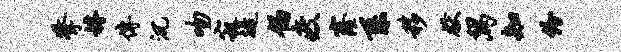
擎罅传沉吻寂堤偈疲窿系移献舄知份